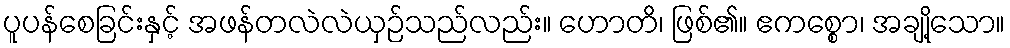
ပူပန်စေခြင်းနှင့် အဖန်တလဲလဲယှဉ်သည်လည်း။ ဟောတိ၊ ဖြစ်၏။ ဧကစ္စော၊ အချို့သော။